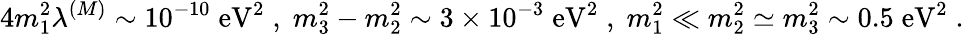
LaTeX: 4m_{1}^{2}\lambda^{(M)}\sim 10^{-10}\; \mathrm{eV}^{2}\; ,\; m_{3}^{2}-m_{2}^{2}\sim 3\times 10^{-3}\; \mathrm{eV}^{2}\; ,\; m_{1}^{2}\ll m_{2}^{2}\simeq m_{3}^{2}\sim 0.5\; \mathrm{eV}^{2}\; .